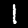
Digit: 1